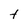
Character: t